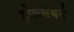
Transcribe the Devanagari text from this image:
होल्त्सबर्ग